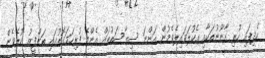
ހެދިފައި ހުރި ގާނޫނުތަކާއި އެކުލަވައިލެވެމުން އަންނަ ސިޔާސަތުތައް އެންމެ ފުރިހަމަގޮތުގައި ތަންފީޒު ކުރެވެން